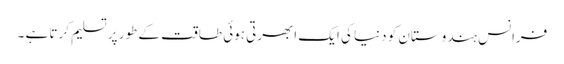
فرانس ہندوستان کو دنیا کی ایک ابھرتی ہوئی طاقت کے طور پر تسلیم کرتا ہے ۔